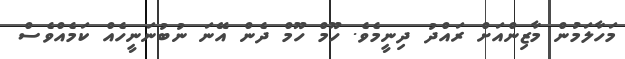
މަހާލަމުން މާޒިންއަށް ރައްދު ދިނީމެވެ. ހޫމް ހޫމް ދެން އޭނަ ނުބުނަނީހެއް ކަމެއްވެސް